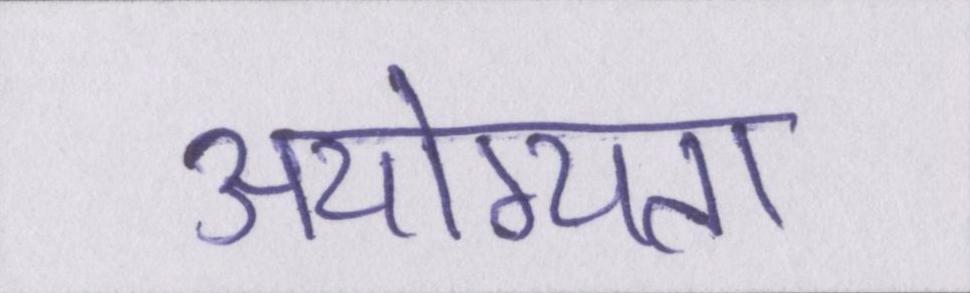
अयोग्यता